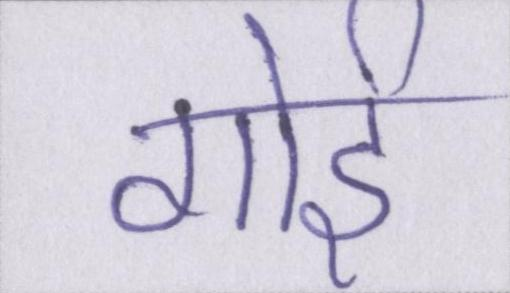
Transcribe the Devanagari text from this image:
गोई